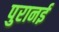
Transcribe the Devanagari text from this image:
पुरानई